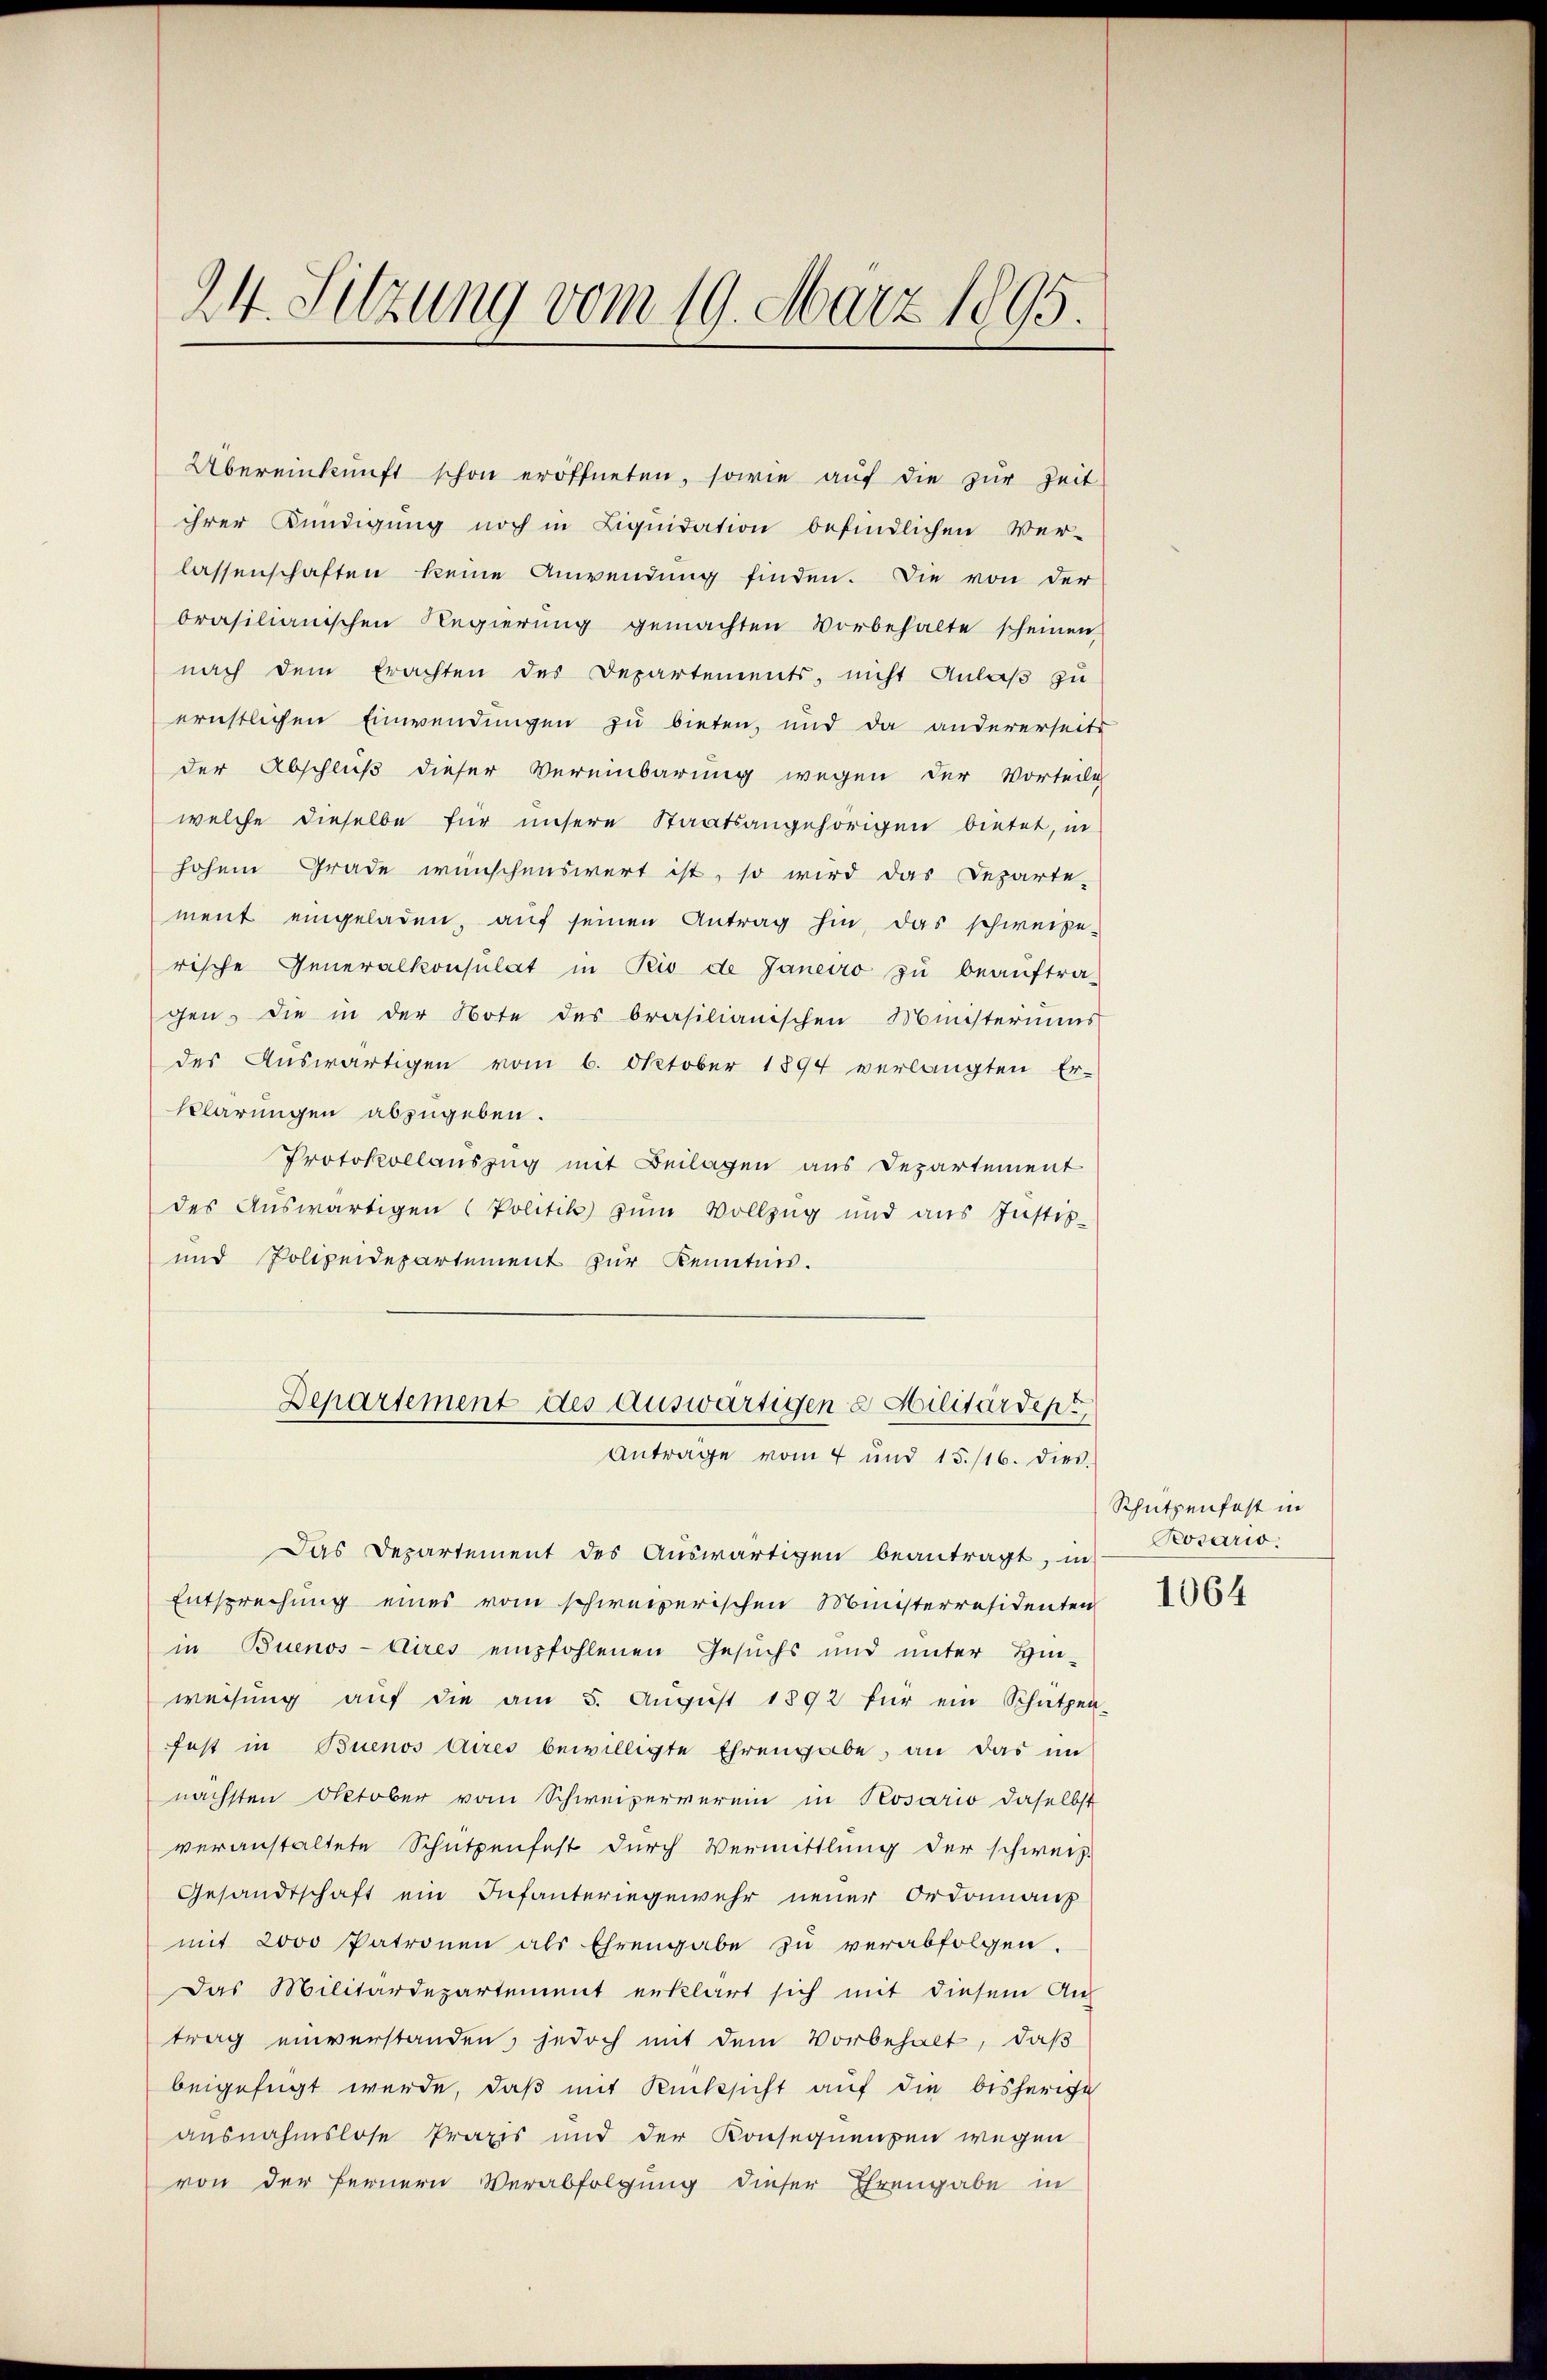
24. Sitzung vom 19. März 1895.

Übereinkunft schon eröffneten, sowie auf die zur Zeit
ihrer Kündigung noch in Liquidation befindlichen Ver-
lassenschaften keine Anwendung finden. Die von der
brasilianischen Regierŭng gemachten Vorbehalte scheinen
nach dem Erachten des Departements, nicht Anlaß zu
ernstlichen Einwendungen zu bieten, und da andererseits
der Abschluß dieser Vereinbarung wegen der Vorteile
welche dieselbe für unsere Staatsangehörigen bietet, in
hohem Grade wünschenswert ist, so wird das Departe-
ment eingeladen, auf seinen Antrag hin, das schweize-
rische Generalkonsulat in Pio de Janeiro zu beauftra-
gen, die in der Note des brasilianischen Ministeriums
des Auswärtigen vom 6. Oktober 1894 verlangten Er-
Klärungen abzugeben.
Protokollauszug mit Beilagen aus Departement
des Auswärtigen (Politik zum Vollzug und aus Justiz-
und Polizeidepartement zur Kenntnis.
Departement des Auswärtigene Hilitärdep
Antrage vom 4 und 15./16. dies
Das Departement des Auswärtigen beantragt, in
Entsprechung eines vom schweizerischen Münsterresidenten
in Buenos-Aires empfohlenen Gesuchs und unter Hin-
weisung aŭf die am 5. Aŭgŭst 1892 für ein Schützen-
fest in Buenos Aires bewilligte Ehrengabe, an das im
nächsten Oktober vom Schweizerverein in Rosario daselbst
veranstaltete Schutzenfest durch Vermittlung der schweiz.
Gesandtschaft ein Infanteriegewehr neuer Ordonnanz
mit 2000 Patronen als Ehrengabe zu verabfolgen.
Das Militärdepartement erklärt sich mit diesem An-
trag einverstanden, jedoch mit dem Vorbehalt, daß
beigefügt werde, daß mit Rücksicht auf die bisherige
ausnahmslose Praxis und der Konsequenzen wegen
von der Fernern Verabfolgung dieser Ehrengabe in

Schützenfast in
Rosario.

1064